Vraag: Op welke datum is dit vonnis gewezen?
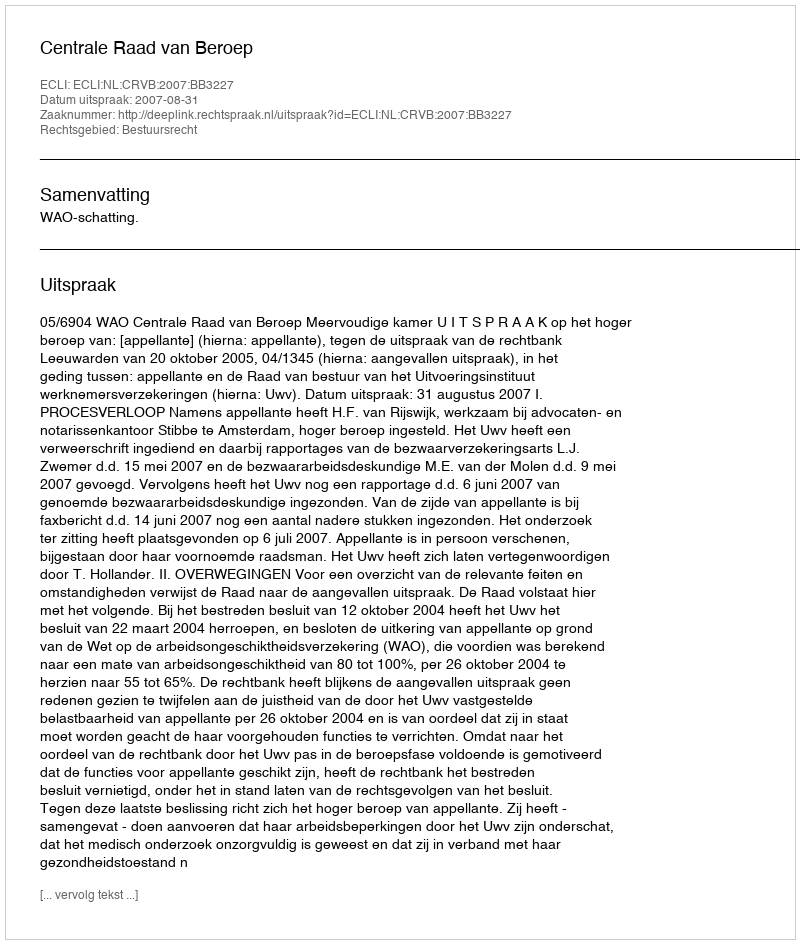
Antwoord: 2007-08-31